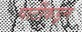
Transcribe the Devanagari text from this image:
पार्टीकडून